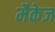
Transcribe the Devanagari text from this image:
मैकेज